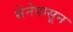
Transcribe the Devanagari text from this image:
सेनेपासून